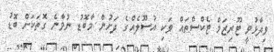
ވިދާޅުވީ ޓޫރިޒަމް ޓެކްސްތައް ވަކި އުސޫލެއްގެ ދަށުން މާބޮޑު ނުވާނެ ގޮތަކަށް ބޮޑު